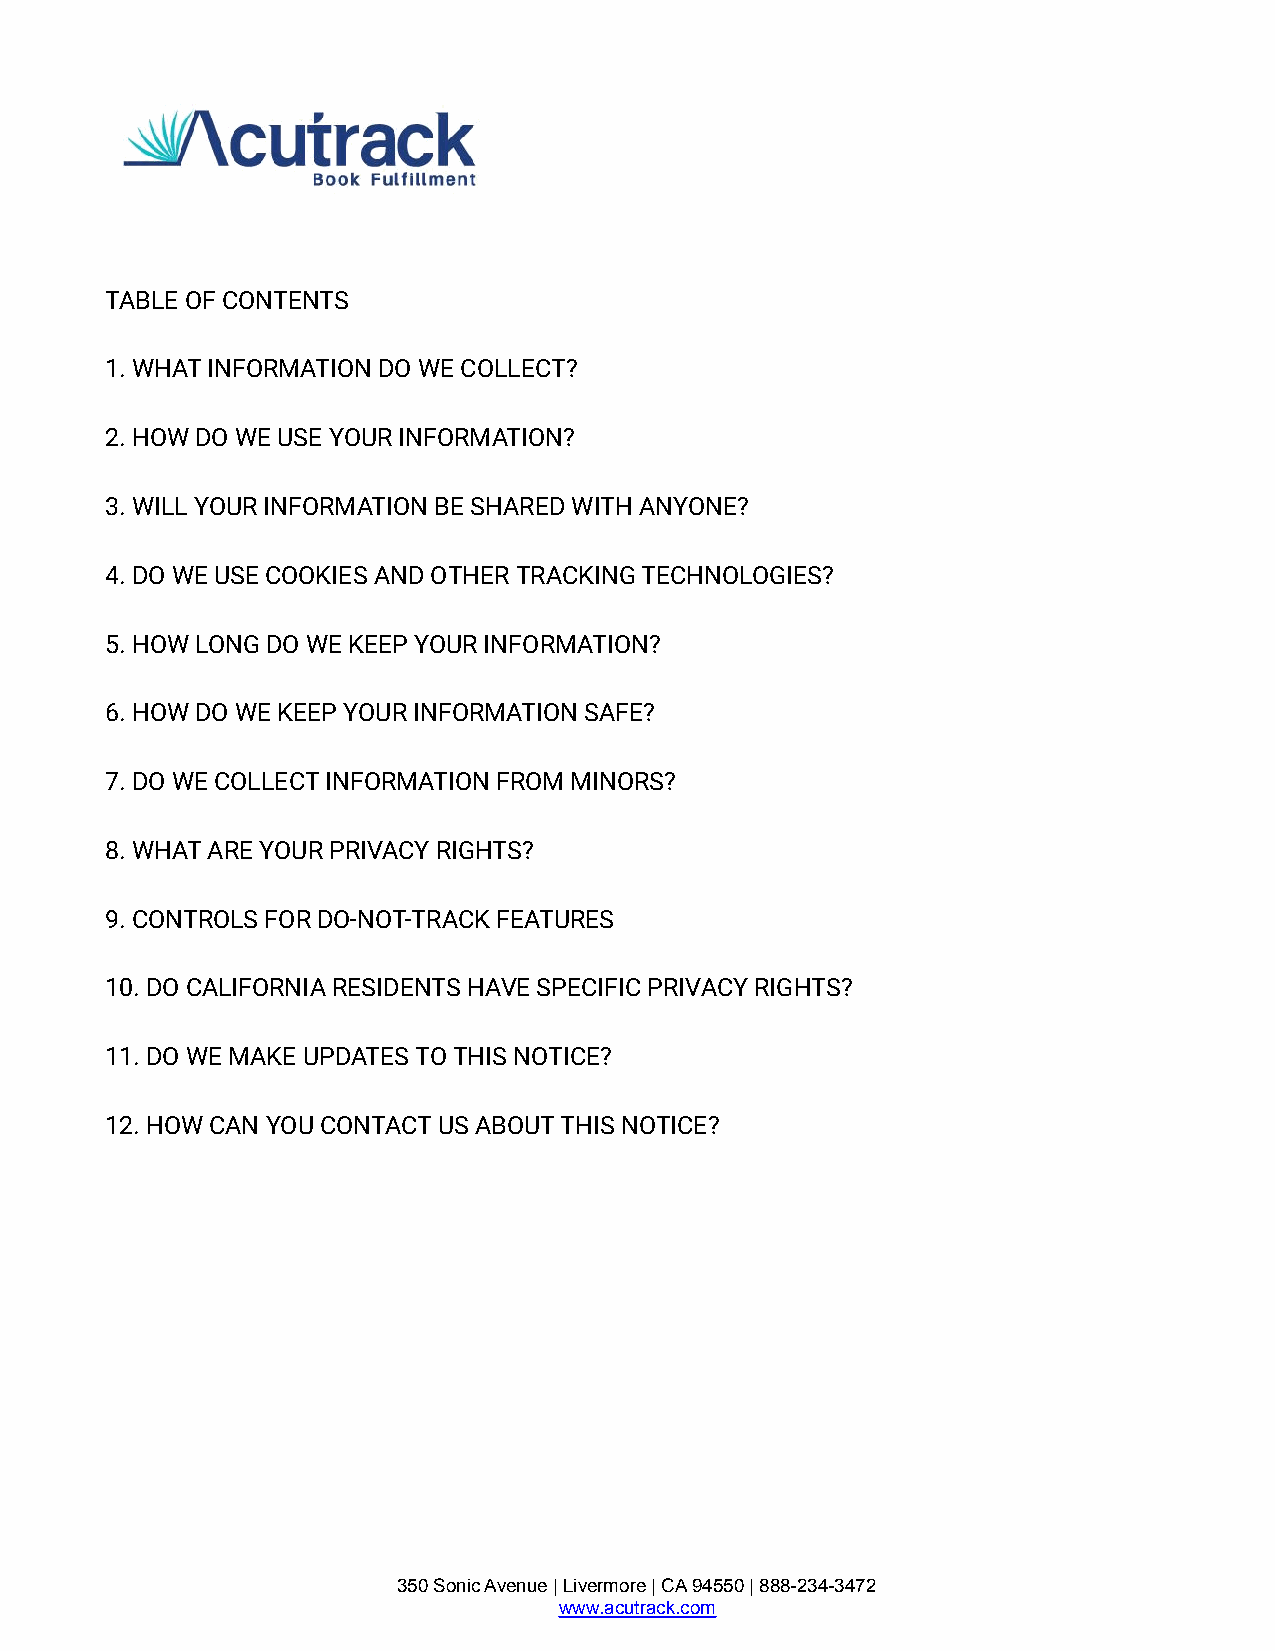
TABLE OF CONTENTS
 1. WHAT INFORMATION DO WE COLLECT?
 2. HOW DO WE USE YOUR INFORMATION?
 3. WILL YOUR INFORMATION BE SHARED WITH ANYONE?
 4. DO WE USE COOKIES AND OTHER TRACKING TECHNOLOGIES?
 5. HOW LONG DO WE KEEP YOUR INFORMATION?
 6. HOW DO WE KEEP YOUR INFORMATION SAFE?
 7. DO WE COLLECT INFORMATION FROM MINORS?
 8. WHAT ARE YOUR PRIVACY RIGHTS?
 9. CONTROLS FOR DO-NOT-TRACK FEATURES
 10. DO CALIFORNIA RESIDENTS HAVE SPECIFIC PRIVACY RIGHTS?
 11. DO WE MAKE UPDATES TO THIS NOTICE?
 12. HOW CAN YOU CONTACT US ABOUT THIS NOTICE?
 350 Sonic Avenue | Livermore | CA 94550 | 888-234-3472
 www.acutrack.com